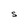
Character: S